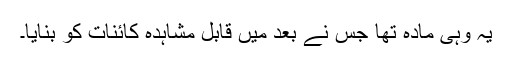
یہ وہی مادّہ تھا جس نے بعد میں قابل مشاہدہ کائنات کو بنایا۔